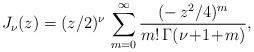
LaTeX: \begin{align*}J_\nu(z)=(z/2)^\nu\,\sum_{m=0}^\infty \frac{(-\,z^2/4)^m}{m!\,\Gamma(\nu\! +\! 1\! +\! m)}, \end{align*}